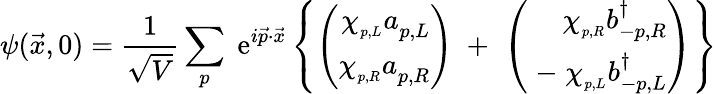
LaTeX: \psi(\vec{x},0)=\frac{1}{\sqrt{V}}\sum_{p}\; \mathrm{e}^{i\vec{p}\cdot\vec{x}}\left\{ \left(\begin{array}{r}{{\chi_{_{p,L}}a_{p,L}^{}}}\\ {{\chi_{_{p,R}}a_{p,R}^{}}}\end{array}\right)\; +\; \left(\begin{array}{r}{{\chi_{_{p,R}}b_{-p,R}^{\dagger}}}\\ {{\; -\; \chi_{_{p,L}}b_{-p,L}^{\dagger}}}\end{array}\right)\right\}